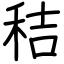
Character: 秸